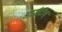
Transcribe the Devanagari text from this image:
आईटीए